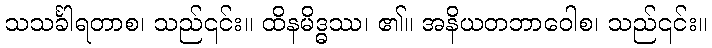
သသင်္ခါရတာစ၊ သည်၎င်း။ ထိနမိဒ္ဓဿ၊ ၏။ အနိယတဘာဝေါစ၊ သည်၎င်း။